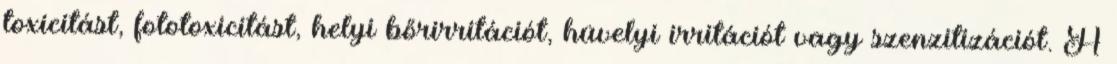
toxicitást, fototoxicitást, helyi bőrirritációt, hüvelyi irritációt vagy szenzitizációt. A